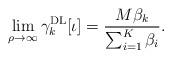
LaTeX: \begin{align*}\lim_{\rho\to\infty}\gamma_k^\mathrm{DL}[\iota]=\frac{M\beta_{k}}{\sum_{i=1}^{K}\beta_{i}}.\end{align*}